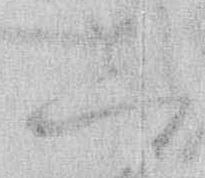
し